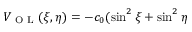
V _ { \textrm { O L } } ( \xi , \eta ) = - c _ { 0 } ( \sin ^ { 2 } \xi + \sin ^ { 2 } \eta